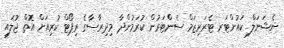
ނެޝަނަލް ކައުންޓަރ ޓެރަރިޒަމް ސެންޓަރުން ކުރަމުންދާ މިދިރާސާގެ ރިޕޯޓް ކުރިއަށް އޮތް ޖުލައި